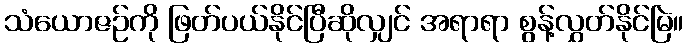
သံယောဇဉ်ကို ဖြတ်ပယ်နိုင်ပြီဆိုလျှင် အရာရာ စွန့်လွှတ်နိုင်မြဲ။